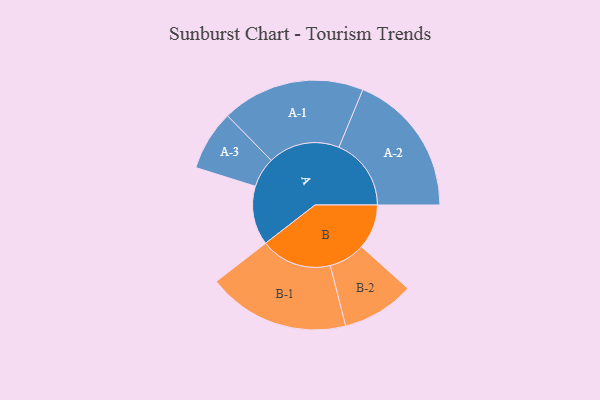
{"axis": {"x": "Segment", "y": "Value"}, "legend": ["", "A", "B"], "data": [{"x": "A", "y": 220, "type": ""}, {"x": "B", "y": 167, "type": ""}, {"x": "A-1", "y": 267, "type": "A"}, {"x": "A-2", "y": 269, "type": "A"}, {"x": "A-3", "y": 112, "type": "A"}, {"x": "B-1", "y": 265, "type": "B"}, {"x": "B-2", "y": 135, "type": "B"}]}